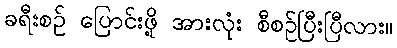
ခရီးစဉ် ပြောင်းဖို့ အားလုံး စီစဉ်ပြီးပြီလား။